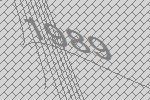
1989